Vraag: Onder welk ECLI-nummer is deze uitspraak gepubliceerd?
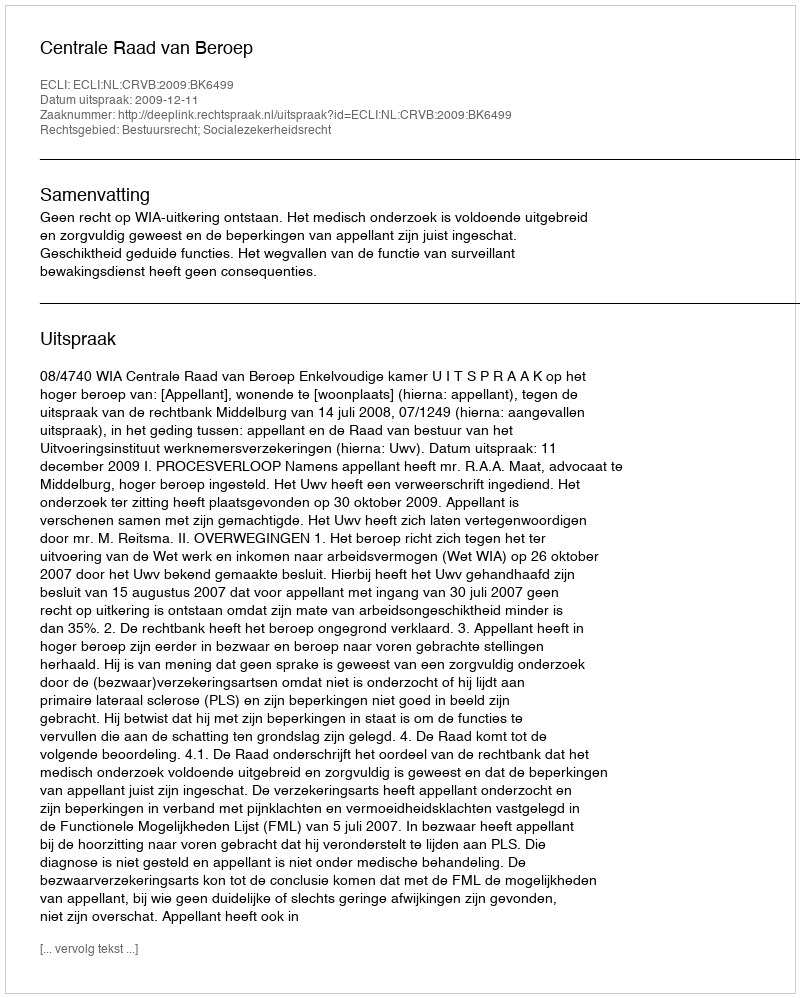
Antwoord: ECLI:NL:CRVB:2009:BK6499